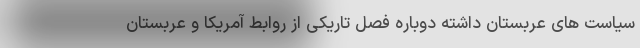
سیاست های عربستان داشته دوباره فصل تاریکی از روابط آمریکا و عربستان